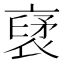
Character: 裦